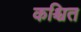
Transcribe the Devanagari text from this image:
कश्चित